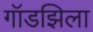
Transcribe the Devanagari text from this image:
गॉडझिला